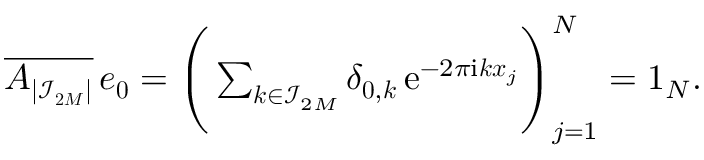
\begin{array} { r } { \overline { { \boldsymbol A _ { | \mathcal I _ { \boldsymbol { 2 M } } | } } } \, \boldsymbol e _ { \boldsymbol 0 } = \Bigg ( \sum _ { \boldsymbol k \in \mathcal I _ { \b { 2 M } } } \delta _ { \boldsymbol 0 , \boldsymbol k } \, \mathrm e ^ { - 2 \pi \mathrm i \boldsymbol k \boldsymbol x _ { j } } \Bigg ) _ { j = 1 } ^ { N } = \boldsymbol 1 _ { N } . } \end{array}